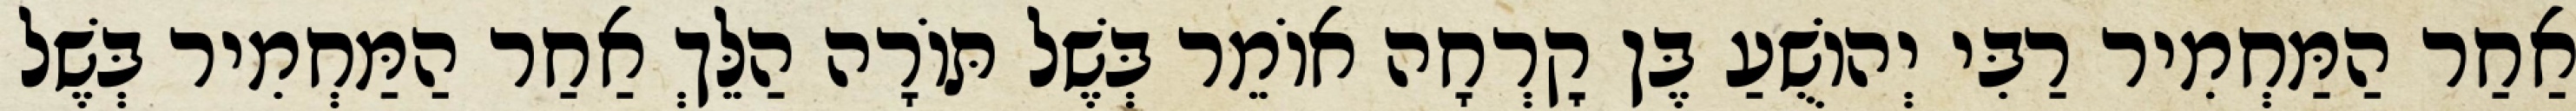
אַחַר הַמַּחְמִיר רַבִּי יְהוֹשֻׁעַ בֶּן קׇרְחָה אוֹמֵר בְּשֶׁל תּוֹרָה הַלֵּךְ אַחַר הַמַּחְמִיר בְּשֶׁל